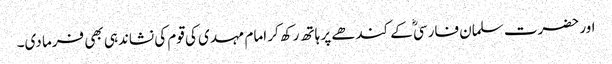
اور حضرت سلمان فارسیؓ کے کندھے پر ہاتھ رکھ کر امام مہدی کی قوم کی نشاندہی بھی فرما دی۔